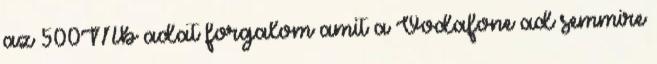
az 500Mb adat forgalom amit a Vodafone ad semmire